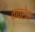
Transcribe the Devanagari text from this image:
वावरेन